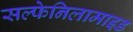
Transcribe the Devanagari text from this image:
सल्फेनिलामाइड